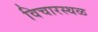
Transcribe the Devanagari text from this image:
विचारस्थळ